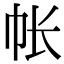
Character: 帐